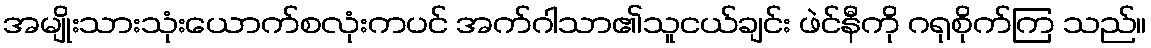
အမျိုးသားသုံးယောက်စလုံးကပင် အက်ဂါသာ၏သူငယ်ချင်း ဖဲင်နီကို ဂရုစိုက်ကြ သည်။